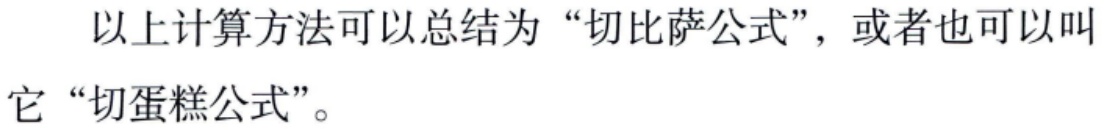
以上计算方法可以总结为“切比萨公式”，或者也可以叫它“切蛋糕公式”。